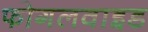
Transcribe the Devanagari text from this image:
फोगलवाइड